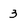
Character: 3